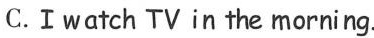
C.Ⅰwatch TVin the morning.